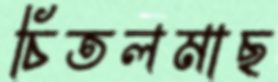
চিতলমাছ